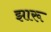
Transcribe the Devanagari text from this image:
झारू